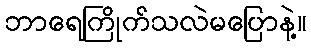
ဘာရေကြိုက်သလဲမပြောနဲ့။